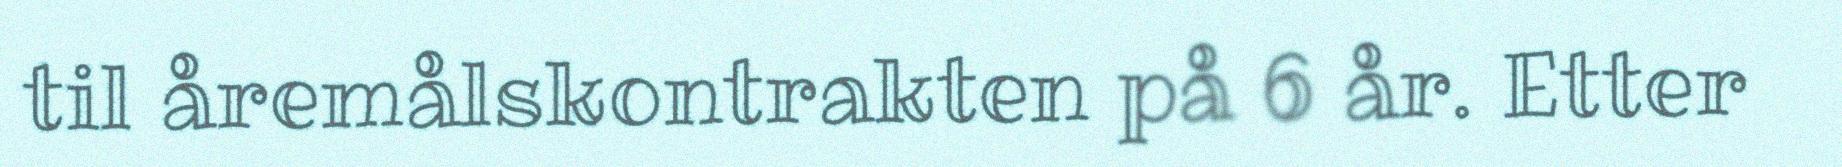
til åremålskontrakten på 6 år. Etter